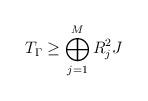
LaTeX: \begin{align*}T_\Gamma\ge \bigoplus_{j=1}^M R^2_j J\end{align*}